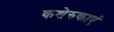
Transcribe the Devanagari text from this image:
कशेरुकाएं